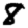
Digit: 8